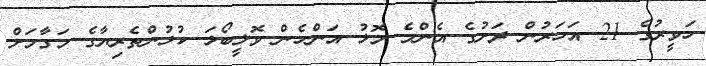
ހަވީރުގެ 21 އަހަރުން ދަށުގެ އެންމެ މޮޅު އަންހެން ވޮލީބޯޅަ ކުޅުންތެރިޔާގެ މަގާމަށް